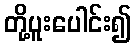
တို့ပူးပေါင်း၍